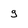
Character: g